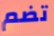
تضم